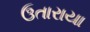
ઉતારાયા